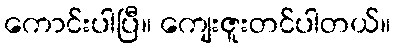
ကောင်းပါပြီ။ ကျေးဇူးတင်ပါတယ်။